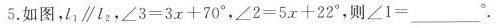
5. 如图，l_{1} \parallel l_{2}，$$∠ 3 = 3 x + 7 0 °$$，$$∠ 2 = 5 x + 2 2 °$$，则$$∠ 1 =___°$$.